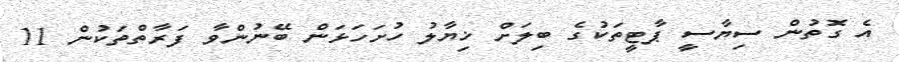
އެ ގޮތުން ސިޔާސީ ޕާޓީތަކުގެ ބިލަށް ޚިޔާލު ހުށަހަޅަން ބޭނުންވާ ފަރާތްތަކުން 11